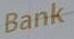
bank